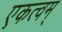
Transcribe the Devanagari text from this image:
एकत्वम्